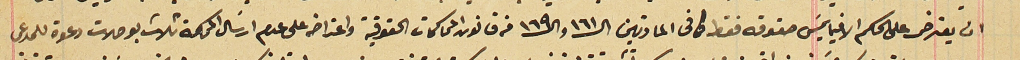
ان يعترض على الحكم الا فيما يمسَ حقوقه فقط كما فى المادتين الـ١٦١ والـ١٦٩ من قانون المحاكمات الحقوقية واعتراضه على عدم ارسَال المحكمة ثلاث بوصلات دعوة للمدعى